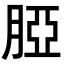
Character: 𦜖